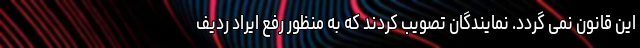
این قانون نمی گردد. نمایندگان تصویب کردند که به منظور رفع ایراد ردیف